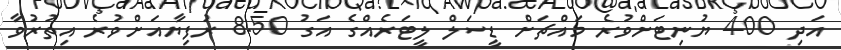
އަދި 400 ޔުނިޓަށްވުރެ މައްޗަށް ޑީސަލް ލީޓަރެއްގެ އަގު 8.50 ރުފިޔާއަށްވުރެ އިތުރުވާ